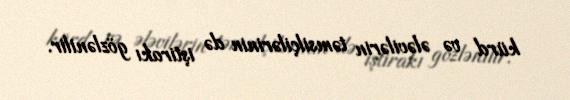
kürd və ələvilərin təmsilçilərinin də iştirakı gözlənilir.